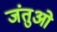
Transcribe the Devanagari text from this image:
जंतुओ